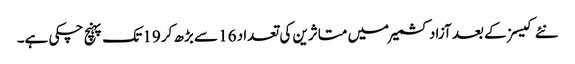
نئے کیسز کے بعد آزاد کشمیر میں متاثرین کی تعداد 16 سے بڑھ کر 19 تک پہنچ چکی ہے۔